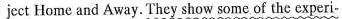
ject Home and Away.They show some of the experi-